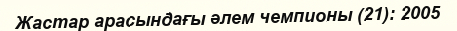
Жастар арасындағы әлем чемпионы (21): 2005